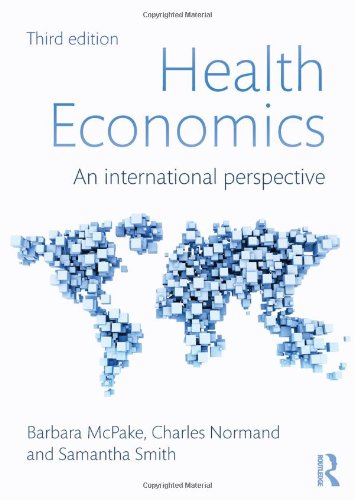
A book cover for Health Economics: An International Perspective; Barbara McPake; Business & Money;